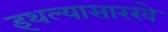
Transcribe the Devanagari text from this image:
इथल्यासारखे